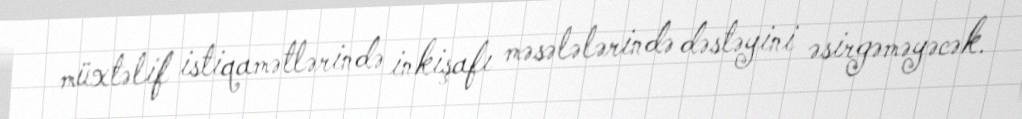
müxtəlif istiqamətlərində inkişafı məsələlərində dəstəyini əsirgəməyəcək.